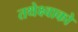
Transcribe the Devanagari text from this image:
तथेक्ष्वाको